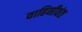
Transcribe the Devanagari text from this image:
वाहिनीवंत